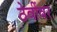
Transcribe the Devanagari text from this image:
ठेवींवर